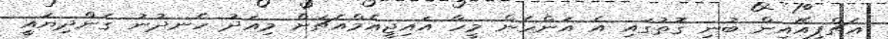
އެޗްޕީއޭއިން ބުނި ގޮތުގައި އެ އަންހެން މީހާ އައިޖީއެމްއެޗަށް މިއަދު ހެނދުނު ގެންދިޔައީ